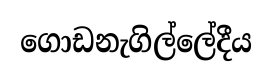
ගොඩනැගිල්ලේදීය